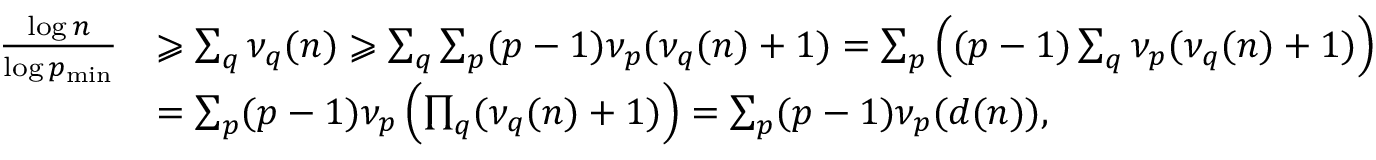
\begin{array} { r l } { \frac { \log n } { \log p _ { \mathrm { m i n } } } } & { \geqslant \sum _ { q } \nu _ { q } ( n ) \geqslant \sum _ { q } \sum _ { p } ( p - 1 ) \nu _ { p } ( \nu _ { q } ( n ) + 1 ) = \sum _ { p } \left( ( p - 1 ) \sum _ { q } \nu _ { p } ( \nu _ { q } ( n ) + 1 ) \right) } \\ & { = \sum _ { p } ( p - 1 ) \nu _ { p } \left( \prod _ { q } ( \nu _ { q } ( n ) + 1 ) \right) = \sum _ { p } ( p - 1 ) \nu _ { p } ( d ( n ) ) , } \end{array}